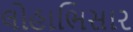
લોહાભિસાર